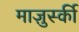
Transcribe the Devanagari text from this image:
माज़ुर्स्की